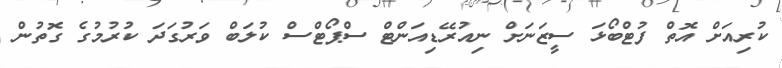
ކުރިއަށް އޮތް ފުޓްބޯޅަ ސީޒަނަށް ނިއުރޭޑިއަންޓް ސްޕޯޓްސް ކުލަބް ވަރުގަދަ ކުރުމުގެ ގޮތުން